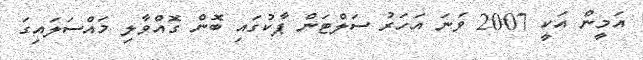
އަމީން އަކީ 2007 ވަނަ އަހަރު ސަލްޓަން ޕާކުގައި ބޮން ގޮއްވާލި މައްސަަލައިގަ